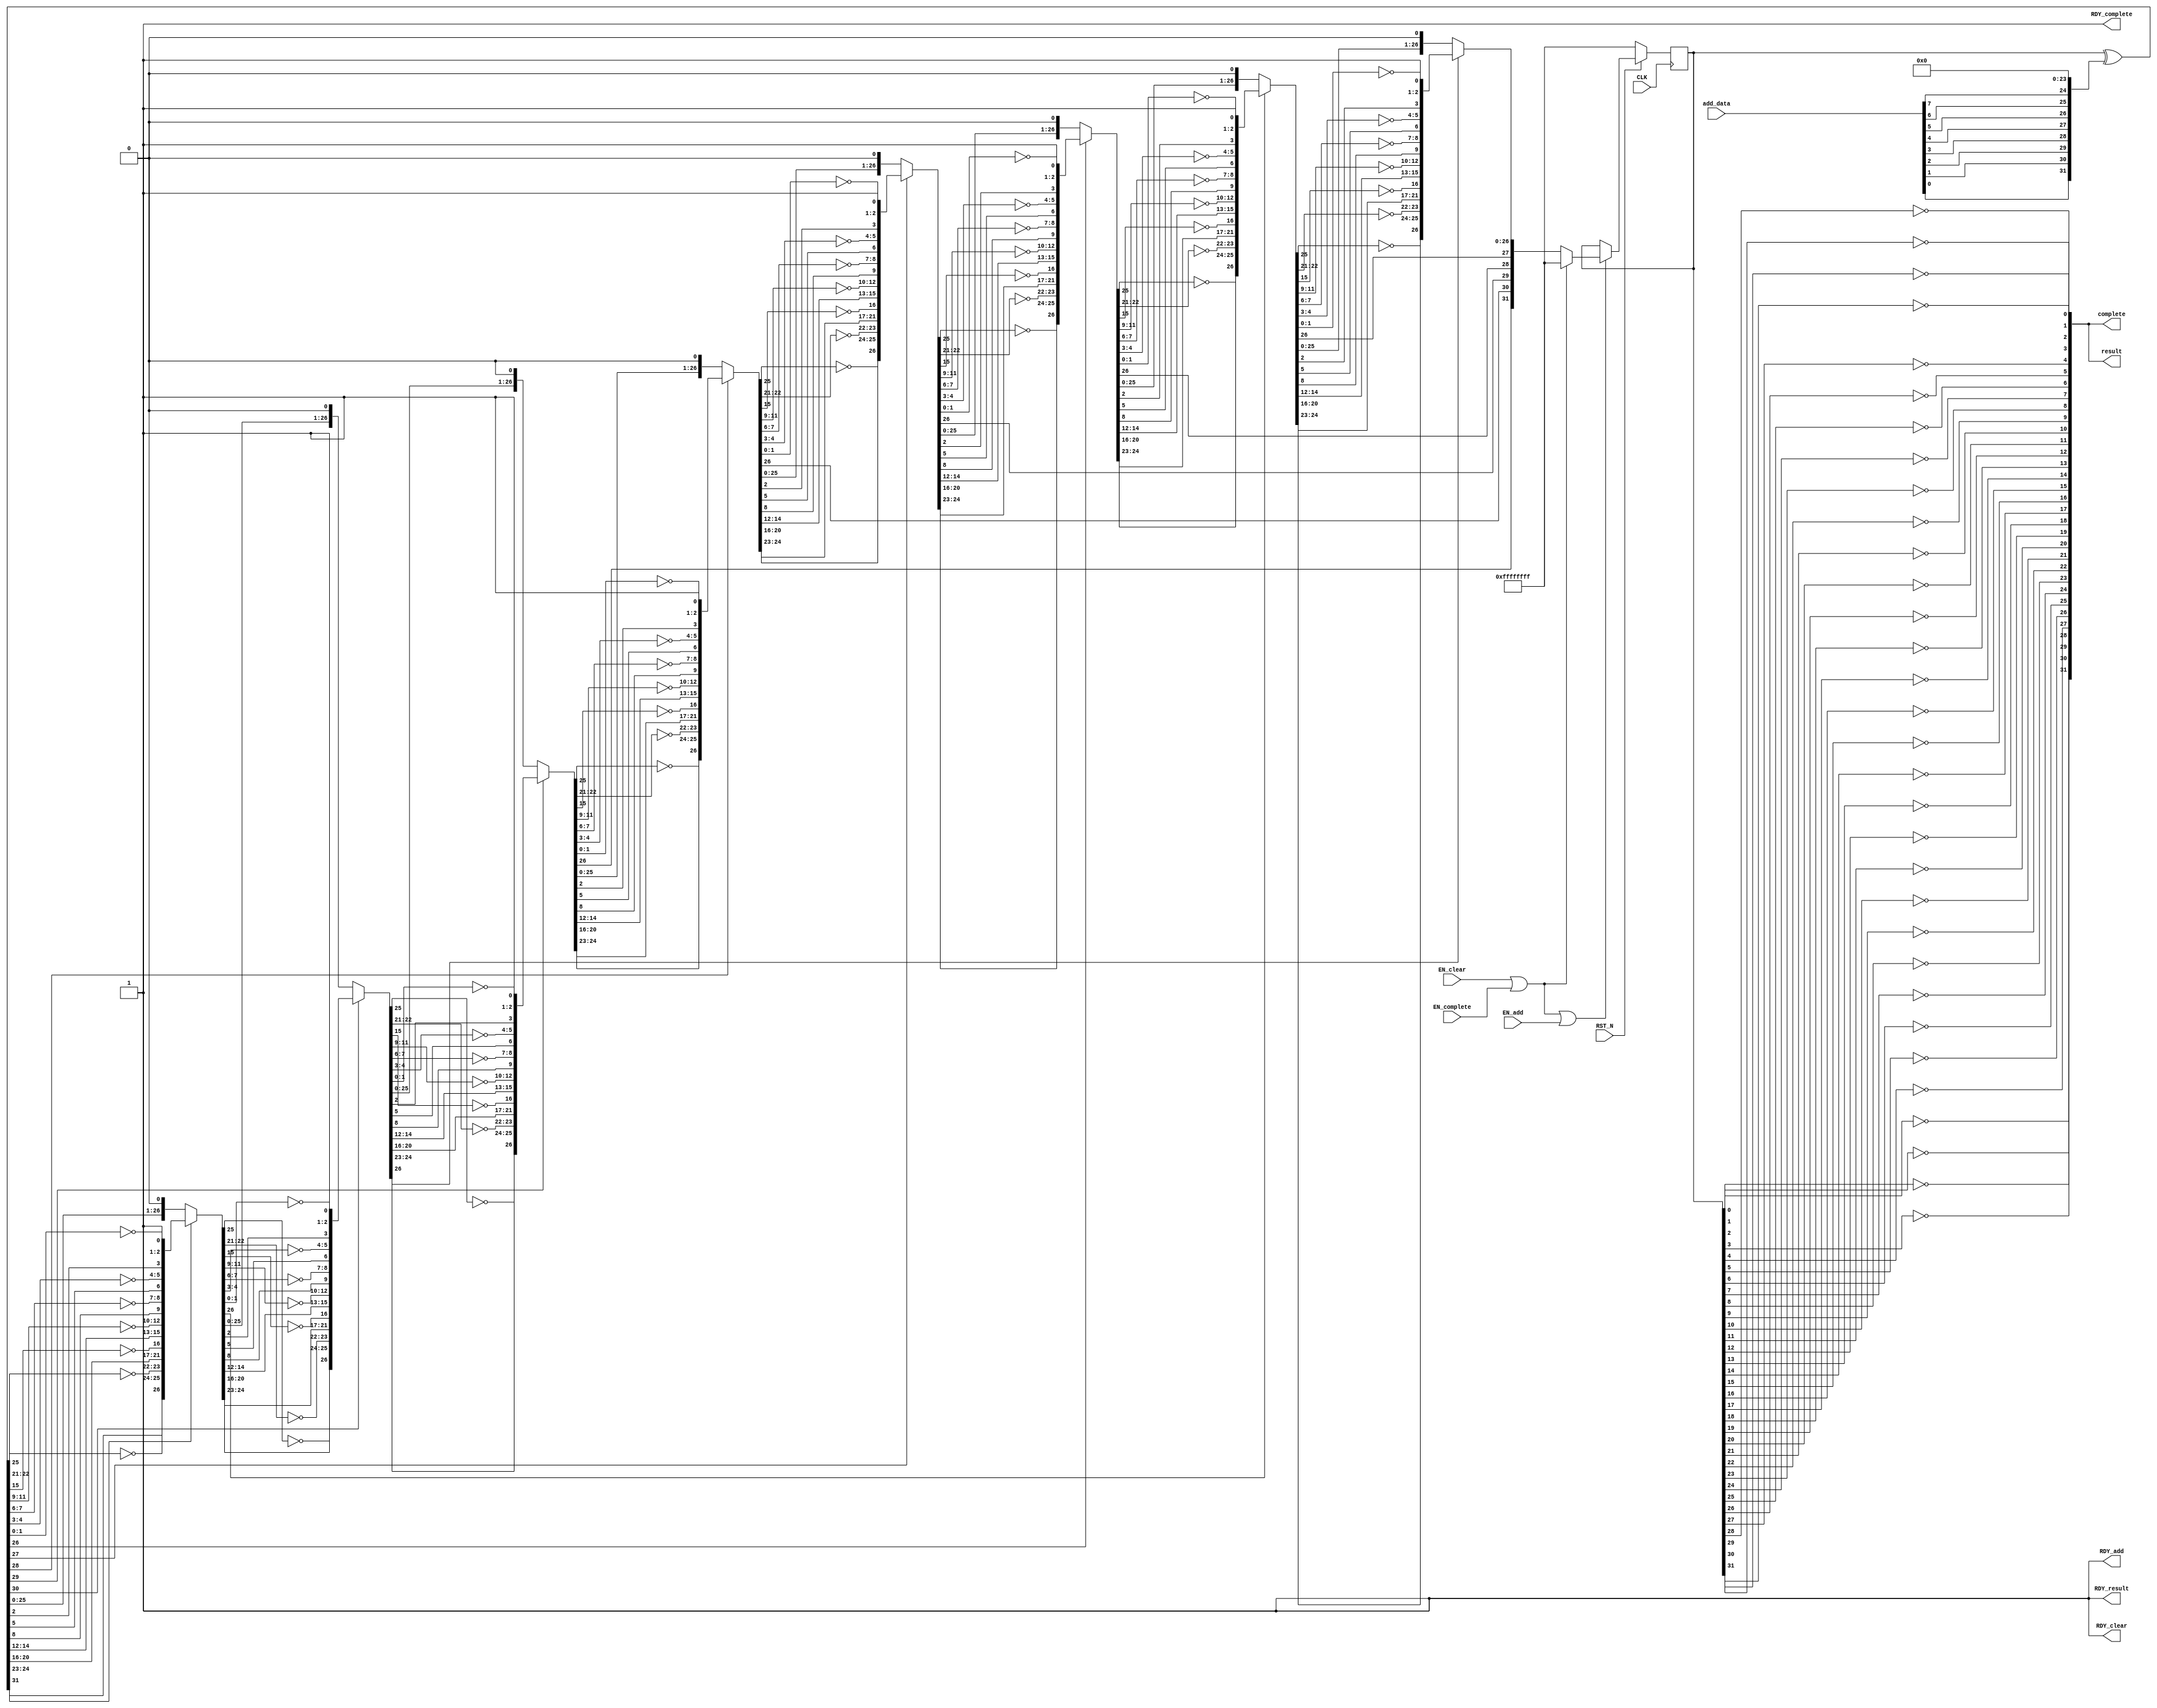
//
// Generated by Bluespec Compiler, version 2012.01.A (build 26572, 2012-01-17)
//
// On Wed Jan 18 18:55:35 UTC 2012
//
// Method conflict info:
// Method: add
// Conflict-free: clear, result, complete
// Conflicts: add
//
// Method: clear
// Conflict-free: add, result, complete
// Conflicts: clear
//
// Method: result
// Conflict-free: add, clear, result, complete
//
// Method: complete
// Conflict-free: add, clear, result
// Conflicts: complete
//
//
// Ports:
// Name                         I/O  size props
// RDY_add                        O     1 const
// RDY_clear                      O     1 const
// result                         O    32
// RDY_result                     O     1 const
// complete                       O    32
// RDY_complete                   O     1 const
// CLK                            I     1 clock
// RST_N                          I     1 reset
// add_data                       I     8
// EN_add                         I     1
// EN_clear                       I     1
// EN_complete                    I     1
//
// No combinational paths from inputs to outputs
//
//

`ifdef BSV_ASSIGNMENT_DELAY
`else
`define BSV_ASSIGNMENT_DELAY
`endif

module mkCRC32(CLK,
	       RST_N,

	       add_data,
	       EN_add,
	       RDY_add,

	       EN_clear,
	       RDY_clear,

	       result,
	       RDY_result,

	       EN_complete,
	       complete,
	       RDY_complete);
  input  CLK;
  input  RST_N;

  // action method add
  input  [7 : 0] add_data;
  input  EN_add;
  output RDY_add;

  // action method clear
  input  EN_clear;
  output RDY_clear;

  // value method result
  output [31 : 0] result;
  output RDY_result;

  // actionvalue method complete
  input  EN_complete;
  output [31 : 0] complete;
  output RDY_complete;

  // signals for module outputs
  wire [31 : 0] complete, result;
  wire RDY_add, RDY_clear, RDY_complete, RDY_result;

  // register rRemainder
  reg [31 : 0] rRemainder;
  wire [31 : 0] rRemainder$D_IN;
  wire rRemainder$EN;

  // remaining internal signals
  wire [31 : 0] IF_IF_IF_IF_IF_IF_IF_rRemainder_XOR_rwAddIn_wg_ETC___d368,
		IF_IF_IF_IF_IF_IF_rRemainder_XOR_rwAddIn_wget__ETC___d367,
		IF_IF_IF_IF_IF_rRemainder_XOR_rwAddIn_wget_BIT_ETC___d366,
		IF_IF_IF_IF_rRemainder_XOR_rwAddIn_wget_BIT_0__ETC___d365,
		IF_IF_IF_rRemainder_XOR_rwAddIn_wget_BIT_0_CON_ETC___d364,
		IF_IF_rRemainder_XOR_rwAddIn_wget_BIT_0_CONCAT_ETC___d363,
		IF_rRemainder_XOR_rwAddIn_wget_BIT_0_CONCAT_rw_ETC___d362,
		rRemainder_XOR_rwAddIn_wget_BIT_0_CONCAT_rwAdd_ETC___d361,
		remainder__h3140,
		remainder__h3167,
		remainder__h3181,
		remainder__h3208,
		remainder__h3222,
		remainder__h3249,
		remainder__h3263,
		remainder__h3290,
		remainder__h3304,
		remainder__h3331,
		remainder__h3345,
		remainder__h3372,
		remainder__h3386,
		remainder__h3413,
		remainder__h3427,
		remainder__h3454,
		x__h245,
		y__h2367;
  wire [7 : 0] x__h2373;

  // action method add
  assign RDY_add = 1'd1 ;

  // action method clear
  assign RDY_clear = 1'd1 ;

  // value method result
  assign result =
	     { ~rRemainder[0],
	       ~rRemainder[1],
	       ~rRemainder[2],
	       ~rRemainder[3],
	       ~rRemainder[4],
	       ~rRemainder[5],
	       ~rRemainder[6],
	       ~rRemainder[7],
	       ~rRemainder[8],
	       ~rRemainder[9],
	       ~rRemainder[10],
	       ~rRemainder[11],
	       ~rRemainder[12],
	       ~rRemainder[13],
	       ~rRemainder[14],
	       ~rRemainder[15],
	       ~rRemainder[16],
	       ~rRemainder[17],
	       ~rRemainder[18],
	       ~rRemainder[19],
	       ~rRemainder[20],
	       ~rRemainder[21],
	       ~rRemainder[22],
	       ~rRemainder[23],
	       ~rRemainder[24],
	       ~rRemainder[25],
	       ~rRemainder[26],
	       ~rRemainder[27],
	       ~rRemainder[28],
	       ~rRemainder[29],
	       ~rRemainder[30],
	       ~rRemainder[31] } ;
  assign RDY_result = 1'd1 ;

  // actionvalue method complete
  assign complete =
	     { ~rRemainder[0],
	       ~rRemainder[1],
	       ~rRemainder[2],
	       ~rRemainder[3],
	       ~rRemainder[4],
	       ~rRemainder[5],
	       ~rRemainder[6],
	       ~rRemainder[7],
	       ~rRemainder[8],
	       ~rRemainder[9],
	       ~rRemainder[10],
	       ~rRemainder[11],
	       ~rRemainder[12],
	       ~rRemainder[13],
	       ~rRemainder[14],
	       ~rRemainder[15],
	       ~rRemainder[16],
	       ~rRemainder[17],
	       ~rRemainder[18],
	       ~rRemainder[19],
	       ~rRemainder[20],
	       ~rRemainder[21],
	       ~rRemainder[22],
	       ~rRemainder[23],
	       ~rRemainder[24],
	       ~rRemainder[25],
	       ~rRemainder[26],
	       ~rRemainder[27],
	       ~rRemainder[28],
	       ~rRemainder[29],
	       ~rRemainder[30],
	       ~rRemainder[31] } ;
  assign RDY_complete = 1'd1 ;

  // register rRemainder
  assign rRemainder$D_IN =
	     (EN_clear || EN_complete) ? 32'hFFFFFFFF : x__h245 ;
  assign rRemainder$EN = EN_clear || EN_complete || EN_add ;

  // remaining internal signals
  assign IF_IF_IF_IF_IF_IF_IF_rRemainder_XOR_rwAddIn_wg_ETC___d368 =
	     IF_IF_IF_IF_IF_IF_rRemainder_XOR_rwAddIn_wget__ETC___d367[31] ?
	       remainder__h3386 :
	       remainder__h3413 ;
  assign IF_IF_IF_IF_IF_IF_rRemainder_XOR_rwAddIn_wget__ETC___d367 =
	     IF_IF_IF_IF_IF_rRemainder_XOR_rwAddIn_wget_BIT_ETC___d366[31] ?
	       remainder__h3345 :
	       remainder__h3372 ;
  assign IF_IF_IF_IF_IF_rRemainder_XOR_rwAddIn_wget_BIT_ETC___d366 =
	     IF_IF_IF_IF_rRemainder_XOR_rwAddIn_wget_BIT_0__ETC___d365[31] ?
	       remainder__h3304 :
	       remainder__h3331 ;
  assign IF_IF_IF_IF_rRemainder_XOR_rwAddIn_wget_BIT_0__ETC___d365 =
	     IF_IF_IF_rRemainder_XOR_rwAddIn_wget_BIT_0_CON_ETC___d364[31] ?
	       remainder__h3263 :
	       remainder__h3290 ;
  assign IF_IF_IF_rRemainder_XOR_rwAddIn_wget_BIT_0_CON_ETC___d364 =
	     IF_IF_rRemainder_XOR_rwAddIn_wget_BIT_0_CONCAT_ETC___d363[31] ?
	       remainder__h3222 :
	       remainder__h3249 ;
  assign IF_IF_rRemainder_XOR_rwAddIn_wget_BIT_0_CONCAT_ETC___d363 =
	     IF_rRemainder_XOR_rwAddIn_wget_BIT_0_CONCAT_rw_ETC___d362[31] ?
	       remainder__h3181 :
	       remainder__h3208 ;
  assign IF_rRemainder_XOR_rwAddIn_wget_BIT_0_CONCAT_rw_ETC___d362 =
	     rRemainder_XOR_rwAddIn_wget_BIT_0_CONCAT_rwAdd_ETC___d361[31] ?
	       remainder__h3140 :
	       remainder__h3167 ;
  assign rRemainder_XOR_rwAddIn_wget_BIT_0_CONCAT_rwAdd_ETC___d361 =
	     rRemainder ^ y__h2367 ;
  assign remainder__h3140 =
	     { rRemainder_XOR_rwAddIn_wget_BIT_0_CONCAT_rwAdd_ETC___d361[30:26],
	       ~rRemainder_XOR_rwAddIn_wget_BIT_0_CONCAT_rwAdd_ETC___d361[25],
	       rRemainder_XOR_rwAddIn_wget_BIT_0_CONCAT_rwAdd_ETC___d361[24:23],
	       ~rRemainder_XOR_rwAddIn_wget_BIT_0_CONCAT_rwAdd_ETC___d361[22:21],
	       rRemainder_XOR_rwAddIn_wget_BIT_0_CONCAT_rwAdd_ETC___d361[20:16],
	       ~rRemainder_XOR_rwAddIn_wget_BIT_0_CONCAT_rwAdd_ETC___d361[15],
	       rRemainder_XOR_rwAddIn_wget_BIT_0_CONCAT_rwAdd_ETC___d361[14:12],
	       ~rRemainder_XOR_rwAddIn_wget_BIT_0_CONCAT_rwAdd_ETC___d361[11:9],
	       rRemainder_XOR_rwAddIn_wget_BIT_0_CONCAT_rwAdd_ETC___d361[8],
	       ~rRemainder_XOR_rwAddIn_wget_BIT_0_CONCAT_rwAdd_ETC___d361[7:6],
	       rRemainder_XOR_rwAddIn_wget_BIT_0_CONCAT_rwAdd_ETC___d361[5],
	       ~rRemainder_XOR_rwAddIn_wget_BIT_0_CONCAT_rwAdd_ETC___d361[4:3],
	       rRemainder_XOR_rwAddIn_wget_BIT_0_CONCAT_rwAdd_ETC___d361[2],
	       ~rRemainder_XOR_rwAddIn_wget_BIT_0_CONCAT_rwAdd_ETC___d361[1:0],
	       1'd1 } ;
  assign remainder__h3167 =
	     { rRemainder_XOR_rwAddIn_wget_BIT_0_CONCAT_rwAdd_ETC___d361[30:0],
	       1'd0 } ;
  assign remainder__h3181 =
	     { IF_rRemainder_XOR_rwAddIn_wget_BIT_0_CONCAT_rw_ETC___d362[30:26],
	       ~IF_rRemainder_XOR_rwAddIn_wget_BIT_0_CONCAT_rw_ETC___d362[25],
	       IF_rRemainder_XOR_rwAddIn_wget_BIT_0_CONCAT_rw_ETC___d362[24:23],
	       ~IF_rRemainder_XOR_rwAddIn_wget_BIT_0_CONCAT_rw_ETC___d362[22:21],
	       IF_rRemainder_XOR_rwAddIn_wget_BIT_0_CONCAT_rw_ETC___d362[20:16],
	       ~IF_rRemainder_XOR_rwAddIn_wget_BIT_0_CONCAT_rw_ETC___d362[15],
	       IF_rRemainder_XOR_rwAddIn_wget_BIT_0_CONCAT_rw_ETC___d362[14:12],
	       ~IF_rRemainder_XOR_rwAddIn_wget_BIT_0_CONCAT_rw_ETC___d362[11:9],
	       IF_rRemainder_XOR_rwAddIn_wget_BIT_0_CONCAT_rw_ETC___d362[8],
	       ~IF_rRemainder_XOR_rwAddIn_wget_BIT_0_CONCAT_rw_ETC___d362[7:6],
	       IF_rRemainder_XOR_rwAddIn_wget_BIT_0_CONCAT_rw_ETC___d362[5],
	       ~IF_rRemainder_XOR_rwAddIn_wget_BIT_0_CONCAT_rw_ETC___d362[4:3],
	       IF_rRemainder_XOR_rwAddIn_wget_BIT_0_CONCAT_rw_ETC___d362[2],
	       ~IF_rRemainder_XOR_rwAddIn_wget_BIT_0_CONCAT_rw_ETC___d362[1:0],
	       1'd1 } ;
  assign remainder__h3208 =
	     { IF_rRemainder_XOR_rwAddIn_wget_BIT_0_CONCAT_rw_ETC___d362[30:0],
	       1'd0 } ;
  assign remainder__h3222 =
	     { IF_IF_rRemainder_XOR_rwAddIn_wget_BIT_0_CONCAT_ETC___d363[30:26],
	       ~IF_IF_rRemainder_XOR_rwAddIn_wget_BIT_0_CONCAT_ETC___d363[25],
	       IF_IF_rRemainder_XOR_rwAddIn_wget_BIT_0_CONCAT_ETC___d363[24:23],
	       ~IF_IF_rRemainder_XOR_rwAddIn_wget_BIT_0_CONCAT_ETC___d363[22:21],
	       IF_IF_rRemainder_XOR_rwAddIn_wget_BIT_0_CONCAT_ETC___d363[20:16],
	       ~IF_IF_rRemainder_XOR_rwAddIn_wget_BIT_0_CONCAT_ETC___d363[15],
	       IF_IF_rRemainder_XOR_rwAddIn_wget_BIT_0_CONCAT_ETC___d363[14:12],
	       ~IF_IF_rRemainder_XOR_rwAddIn_wget_BIT_0_CONCAT_ETC___d363[11:9],
	       IF_IF_rRemainder_XOR_rwAddIn_wget_BIT_0_CONCAT_ETC___d363[8],
	       ~IF_IF_rRemainder_XOR_rwAddIn_wget_BIT_0_CONCAT_ETC___d363[7:6],
	       IF_IF_rRemainder_XOR_rwAddIn_wget_BIT_0_CONCAT_ETC___d363[5],
	       ~IF_IF_rRemainder_XOR_rwAddIn_wget_BIT_0_CONCAT_ETC___d363[4:3],
	       IF_IF_rRemainder_XOR_rwAddIn_wget_BIT_0_CONCAT_ETC___d363[2],
	       ~IF_IF_rRemainder_XOR_rwAddIn_wget_BIT_0_CONCAT_ETC___d363[1:0],
	       1'd1 } ;
  assign remainder__h3249 =
	     { IF_IF_rRemainder_XOR_rwAddIn_wget_BIT_0_CONCAT_ETC___d363[30:0],
	       1'd0 } ;
  assign remainder__h3263 =
	     { IF_IF_IF_rRemainder_XOR_rwAddIn_wget_BIT_0_CON_ETC___d364[30:26],
	       ~IF_IF_IF_rRemainder_XOR_rwAddIn_wget_BIT_0_CON_ETC___d364[25],
	       IF_IF_IF_rRemainder_XOR_rwAddIn_wget_BIT_0_CON_ETC___d364[24:23],
	       ~IF_IF_IF_rRemainder_XOR_rwAddIn_wget_BIT_0_CON_ETC___d364[22:21],
	       IF_IF_IF_rRemainder_XOR_rwAddIn_wget_BIT_0_CON_ETC___d364[20:16],
	       ~IF_IF_IF_rRemainder_XOR_rwAddIn_wget_BIT_0_CON_ETC___d364[15],
	       IF_IF_IF_rRemainder_XOR_rwAddIn_wget_BIT_0_CON_ETC___d364[14:12],
	       ~IF_IF_IF_rRemainder_XOR_rwAddIn_wget_BIT_0_CON_ETC___d364[11:9],
	       IF_IF_IF_rRemainder_XOR_rwAddIn_wget_BIT_0_CON_ETC___d364[8],
	       ~IF_IF_IF_rRemainder_XOR_rwAddIn_wget_BIT_0_CON_ETC___d364[7:6],
	       IF_IF_IF_rRemainder_XOR_rwAddIn_wget_BIT_0_CON_ETC___d364[5],
	       ~IF_IF_IF_rRemainder_XOR_rwAddIn_wget_BIT_0_CON_ETC___d364[4:3],
	       IF_IF_IF_rRemainder_XOR_rwAddIn_wget_BIT_0_CON_ETC___d364[2],
	       ~IF_IF_IF_rRemainder_XOR_rwAddIn_wget_BIT_0_CON_ETC___d364[1:0],
	       1'd1 } ;
  assign remainder__h3290 =
	     { IF_IF_IF_rRemainder_XOR_rwAddIn_wget_BIT_0_CON_ETC___d364[30:0],
	       1'd0 } ;
  assign remainder__h3304 =
	     { IF_IF_IF_IF_rRemainder_XOR_rwAddIn_wget_BIT_0__ETC___d365[30:26],
	       ~IF_IF_IF_IF_rRemainder_XOR_rwAddIn_wget_BIT_0__ETC___d365[25],
	       IF_IF_IF_IF_rRemainder_XOR_rwAddIn_wget_BIT_0__ETC___d365[24:23],
	       ~IF_IF_IF_IF_rRemainder_XOR_rwAddIn_wget_BIT_0__ETC___d365[22:21],
	       IF_IF_IF_IF_rRemainder_XOR_rwAddIn_wget_BIT_0__ETC___d365[20:16],
	       ~IF_IF_IF_IF_rRemainder_XOR_rwAddIn_wget_BIT_0__ETC___d365[15],
	       IF_IF_IF_IF_rRemainder_XOR_rwAddIn_wget_BIT_0__ETC___d365[14:12],
	       ~IF_IF_IF_IF_rRemainder_XOR_rwAddIn_wget_BIT_0__ETC___d365[11:9],
	       IF_IF_IF_IF_rRemainder_XOR_rwAddIn_wget_BIT_0__ETC___d365[8],
	       ~IF_IF_IF_IF_rRemainder_XOR_rwAddIn_wget_BIT_0__ETC___d365[7:6],
	       IF_IF_IF_IF_rRemainder_XOR_rwAddIn_wget_BIT_0__ETC___d365[5],
	       ~IF_IF_IF_IF_rRemainder_XOR_rwAddIn_wget_BIT_0__ETC___d365[4:3],
	       IF_IF_IF_IF_rRemainder_XOR_rwAddIn_wget_BIT_0__ETC___d365[2],
	       ~IF_IF_IF_IF_rRemainder_XOR_rwAddIn_wget_BIT_0__ETC___d365[1:0],
	       1'd1 } ;
  assign remainder__h3331 =
	     { IF_IF_IF_IF_rRemainder_XOR_rwAddIn_wget_BIT_0__ETC___d365[30:0],
	       1'd0 } ;
  assign remainder__h3345 =
	     { IF_IF_IF_IF_IF_rRemainder_XOR_rwAddIn_wget_BIT_ETC___d366[30:26],
	       ~IF_IF_IF_IF_IF_rRemainder_XOR_rwAddIn_wget_BIT_ETC___d366[25],
	       IF_IF_IF_IF_IF_rRemainder_XOR_rwAddIn_wget_BIT_ETC___d366[24:23],
	       ~IF_IF_IF_IF_IF_rRemainder_XOR_rwAddIn_wget_BIT_ETC___d366[22:21],
	       IF_IF_IF_IF_IF_rRemainder_XOR_rwAddIn_wget_BIT_ETC___d366[20:16],
	       ~IF_IF_IF_IF_IF_rRemainder_XOR_rwAddIn_wget_BIT_ETC___d366[15],
	       IF_IF_IF_IF_IF_rRemainder_XOR_rwAddIn_wget_BIT_ETC___d366[14:12],
	       ~IF_IF_IF_IF_IF_rRemainder_XOR_rwAddIn_wget_BIT_ETC___d366[11:9],
	       IF_IF_IF_IF_IF_rRemainder_XOR_rwAddIn_wget_BIT_ETC___d366[8],
	       ~IF_IF_IF_IF_IF_rRemainder_XOR_rwAddIn_wget_BIT_ETC___d366[7:6],
	       IF_IF_IF_IF_IF_rRemainder_XOR_rwAddIn_wget_BIT_ETC___d366[5],
	       ~IF_IF_IF_IF_IF_rRemainder_XOR_rwAddIn_wget_BIT_ETC___d366[4:3],
	       IF_IF_IF_IF_IF_rRemainder_XOR_rwAddIn_wget_BIT_ETC___d366[2],
	       ~IF_IF_IF_IF_IF_rRemainder_XOR_rwAddIn_wget_BIT_ETC___d366[1:0],
	       1'd1 } ;
  assign remainder__h3372 =
	     { IF_IF_IF_IF_IF_rRemainder_XOR_rwAddIn_wget_BIT_ETC___d366[30:0],
	       1'd0 } ;
  assign remainder__h3386 =
	     { IF_IF_IF_IF_IF_IF_rRemainder_XOR_rwAddIn_wget__ETC___d367[30:26],
	       ~IF_IF_IF_IF_IF_IF_rRemainder_XOR_rwAddIn_wget__ETC___d367[25],
	       IF_IF_IF_IF_IF_IF_rRemainder_XOR_rwAddIn_wget__ETC___d367[24:23],
	       ~IF_IF_IF_IF_IF_IF_rRemainder_XOR_rwAddIn_wget__ETC___d367[22:21],
	       IF_IF_IF_IF_IF_IF_rRemainder_XOR_rwAddIn_wget__ETC___d367[20:16],
	       ~IF_IF_IF_IF_IF_IF_rRemainder_XOR_rwAddIn_wget__ETC___d367[15],
	       IF_IF_IF_IF_IF_IF_rRemainder_XOR_rwAddIn_wget__ETC___d367[14:12],
	       ~IF_IF_IF_IF_IF_IF_rRemainder_XOR_rwAddIn_wget__ETC___d367[11:9],
	       IF_IF_IF_IF_IF_IF_rRemainder_XOR_rwAddIn_wget__ETC___d367[8],
	       ~IF_IF_IF_IF_IF_IF_rRemainder_XOR_rwAddIn_wget__ETC___d367[7:6],
	       IF_IF_IF_IF_IF_IF_rRemainder_XOR_rwAddIn_wget__ETC___d367[5],
	       ~IF_IF_IF_IF_IF_IF_rRemainder_XOR_rwAddIn_wget__ETC___d367[4:3],
	       IF_IF_IF_IF_IF_IF_rRemainder_XOR_rwAddIn_wget__ETC___d367[2],
	       ~IF_IF_IF_IF_IF_IF_rRemainder_XOR_rwAddIn_wget__ETC___d367[1:0],
	       1'd1 } ;
  assign remainder__h3413 =
	     { IF_IF_IF_IF_IF_IF_rRemainder_XOR_rwAddIn_wget__ETC___d367[30:0],
	       1'd0 } ;
  assign remainder__h3427 =
	     { IF_IF_IF_IF_IF_IF_IF_rRemainder_XOR_rwAddIn_wg_ETC___d368[30:26],
	       ~IF_IF_IF_IF_IF_IF_IF_rRemainder_XOR_rwAddIn_wg_ETC___d368[25],
	       IF_IF_IF_IF_IF_IF_IF_rRemainder_XOR_rwAddIn_wg_ETC___d368[24:23],
	       ~IF_IF_IF_IF_IF_IF_IF_rRemainder_XOR_rwAddIn_wg_ETC___d368[22:21],
	       IF_IF_IF_IF_IF_IF_IF_rRemainder_XOR_rwAddIn_wg_ETC___d368[20:16],
	       ~IF_IF_IF_IF_IF_IF_IF_rRemainder_XOR_rwAddIn_wg_ETC___d368[15],
	       IF_IF_IF_IF_IF_IF_IF_rRemainder_XOR_rwAddIn_wg_ETC___d368[14:12],
	       ~IF_IF_IF_IF_IF_IF_IF_rRemainder_XOR_rwAddIn_wg_ETC___d368[11:9],
	       IF_IF_IF_IF_IF_IF_IF_rRemainder_XOR_rwAddIn_wg_ETC___d368[8],
	       ~IF_IF_IF_IF_IF_IF_IF_rRemainder_XOR_rwAddIn_wg_ETC___d368[7:6],
	       IF_IF_IF_IF_IF_IF_IF_rRemainder_XOR_rwAddIn_wg_ETC___d368[5],
	       ~IF_IF_IF_IF_IF_IF_IF_rRemainder_XOR_rwAddIn_wg_ETC___d368[4:3],
	       IF_IF_IF_IF_IF_IF_IF_rRemainder_XOR_rwAddIn_wg_ETC___d368[2],
	       ~IF_IF_IF_IF_IF_IF_IF_rRemainder_XOR_rwAddIn_wg_ETC___d368[1:0],
	       1'd1 } ;
  assign remainder__h3454 =
	     { IF_IF_IF_IF_IF_IF_IF_rRemainder_XOR_rwAddIn_wg_ETC___d368[30:0],
	       1'd0 } ;
  assign x__h2373 =
	     { add_data[0],
	       add_data[1],
	       add_data[2],
	       add_data[3],
	       add_data[4],
	       add_data[5],
	       add_data[6],
	       add_data[7] } ;
  assign x__h245 =
	     IF_IF_IF_IF_IF_IF_IF_rRemainder_XOR_rwAddIn_wg_ETC___d368[31] ?
	       remainder__h3427 :
	       remainder__h3454 ;
  assign y__h2367 = { x__h2373, 24'd0 } ;

  // handling of inlined registers

  always@(posedge CLK)
  begin
    if (!RST_N)
      begin
        rRemainder <= `BSV_ASSIGNMENT_DELAY 32'hFFFFFFFF;
      end
    else
      begin
        if (rRemainder$EN)
	  rRemainder <= `BSV_ASSIGNMENT_DELAY rRemainder$D_IN;
      end
  end

  // synopsys translate_off
  `ifdef BSV_NO_INITIAL_BLOCKS
  `else // not BSV_NO_INITIAL_BLOCKS
  initial
  begin
    rRemainder = 32'hAAAAAAAA;
  end
  `endif // BSV_NO_INITIAL_BLOCKS
  // synopsys translate_on
endmodule  // mkCRC32